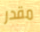
مقدر